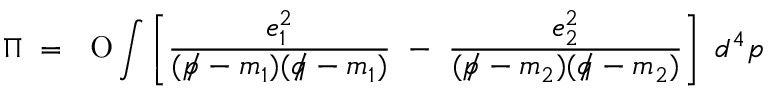
\Pi ~ = ~ \mathrm { \ O } \int \left[ { \frac { e _ { 1 } ^ { 2 } } { ( p \! \! \! / - m _ { 1 } ) ( q \! \! \! / - m _ { 1 } ) } } ~ - ~ { \frac { e _ { 2 } ^ { 2 } } { ( p \! \! \! / - m _ { 2 } ) ( q \! \! \! / - m _ { 2 } ) } } \right] ~ d ^ { 4 } p